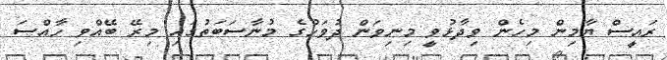
ރައީސް ޔާމިން މިހެން ވިދާޅުވީ މިނިވަން ދުވަހުގެ މުނާސަބަތުގައި މިރޭ ބޭއްވި ހާއްސަ